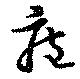
庖